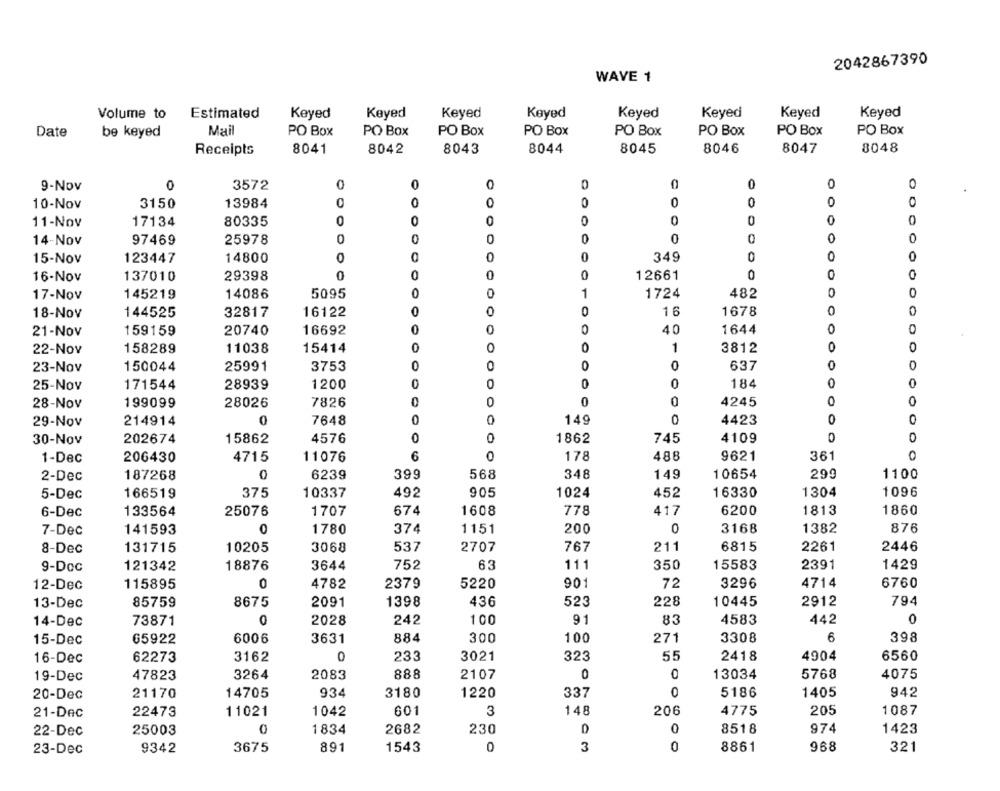
2042867390
WAVE 1
Volume to
Estimated
Keyed
Keyed
Keyed
Keyed
Keyed
Keyed
Keyed
Keyed
Date
be keyed
Mail
PO Box
PO Box
PO Box
PO Box
PO Box
PO Box
PO Box
PO Box
8041
8042
8043
8044
8045
8046
8047
8048
Receipts
0
9-Nov
0
3572
10-Nov
3150
13984
0
80335
0
0
0
0
0
11-Nov
17134
0
0
14-Nov
97469
25978
15-Nov
123447
14800
0
0
0
349
0
0
O
16-Nov
137010
29398
0
0
0
12661
0
0
0
1
1724
482
17-Nov
145219
14086
5095
18-Nov
144525
32817
16122
0
0
0
16
1678
0
21-Nov
159159
20740
16692
40
1644
158289
11038
15414
0
1
3812
O
22-Nov
0
0
0
23-Nov
150044
25991
3753
637
25-Nov
171544
28939
1200
0
0
0
184
0
28-Nov
199099
28026
7826
0
0
4245
0
0
0
0
29-Nov
214914
0
7648
149
0
4423
0
30-Nov
202674
15862
4576
0
0
1862
745
4109
0
0
1-Dec
206430
4715
11076
6
0
178
488
9621
361
0
187268
0
6239
399
568
348
149
10654
299
1100
2-Dec
5-Dec
166519
375
10337
492
905
1024
452
16330
1304
1096
6-Dec
133564
25076
1707
674
1608
778
417
6200
1813
1860
141593
0
1780
374
1151
200
0
3168
1382
876
7-Dec
211
2446
8-Dec
131715
10205
3068
537
2707
767
6815
2261
9-Doc
121342
18876
3644
752
63
111
350
15583
2391
1429
12-Dec
115895
0
4782
2379
5220
901
72
3296
4714
6760
1398
794
13-Dec
85759
8675
2091
436
523
228
10445
2912
14-Dec
73871
0
2028
242
100
91
83
4583
442
0
15-Dec
65922
6006
3631
884
300
100
271
3308
6
398
62273
3162
0
233
3021
323
55
2418
4904
6560
16-Dec
19-Dec
47823
3264
2083
888
2107
0
O
13034
5768
4075
20-Dec
21170
14705
934
3180
1220
337
0
5186
1405
942
22473
11021
1042
601
3
148
206
4775
205
1087
21-Dec
0
1834
D
0
974
22-Dec
25003
2682
230
8518
1423
23-Dec
9342
3675
891
1543
3
0
8861
968
321